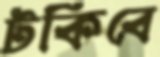
টকিবে